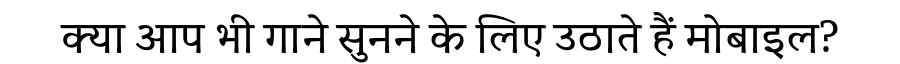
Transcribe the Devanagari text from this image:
क्या आप भी गाने सुनने के लिए उठाते हैं मोबाइल?